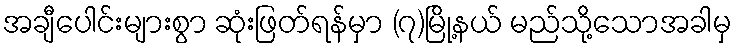
အချီပေါင်းများစွာ ဆုံးဖြတ်ရန်မှာ (၇)မြို့နယ် မည်သို့သောအခါမှ